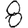
Digit: 8